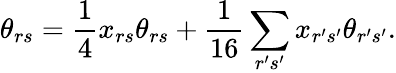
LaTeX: \theta_{rs}=\frac{1}{4}x_{rs}\theta_{rs}+\frac{1}{16}\sum_{r^{\prime}s^{\prime}}x_{r^{\prime}s^{\prime}}\theta_{r^{\prime}s^{\prime}}.